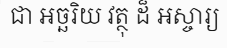
ជា អច្ឆរិយ វត្ថុ ដ៏ អស្ចារ្យ